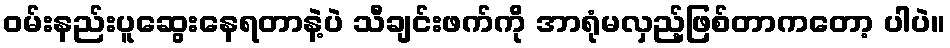
ဝမ်းနည်းပူဆွေးနေရတာနဲ့ပဲ သီချင်းဖက်က်ို အာရုံမလှည့်ဖြစ်တာကတော့ ပါပဲ။